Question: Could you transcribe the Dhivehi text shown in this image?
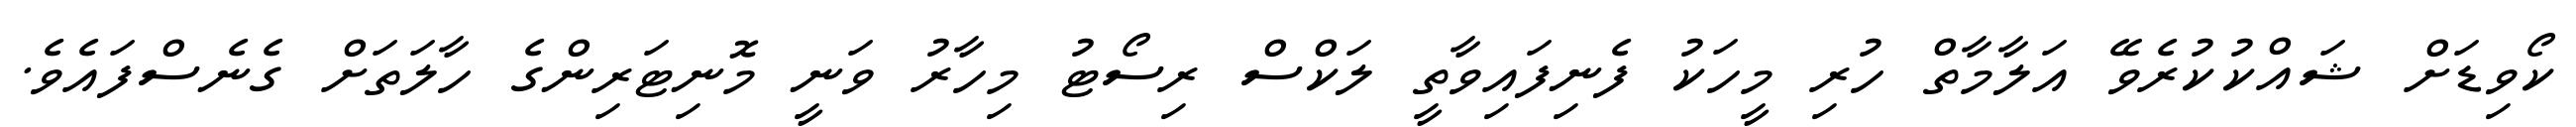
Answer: ކޯވިޑަށް ޝައްކުކުރެވޭ އަލާމާތް ހުރި މީހަކު ފެނިފައިވާތީ ލަކްސް ރިސޯޓު މިހާރު ވަނީ މޮނިޓަރިންގެ ހާލަތަށް ގެނެސްފައެވެ.